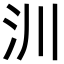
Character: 汌